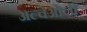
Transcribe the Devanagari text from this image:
अल्वेओली